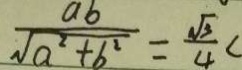
\frac { a b } { \sqrt { a ^ { 2 } + b ^ { 2 } } } = \frac { \sqrt { 3 } } { 4 } <